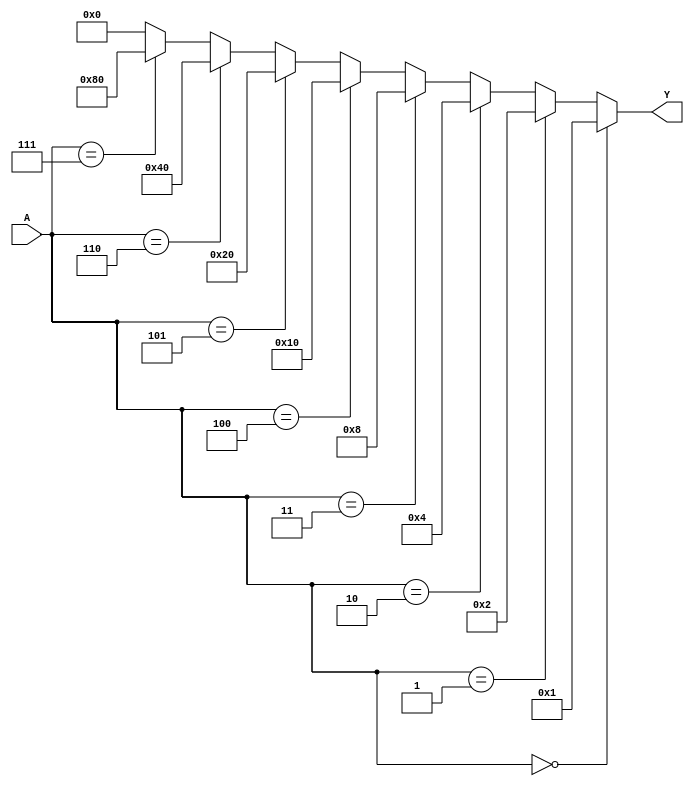
module Decoder3x8(
  input [2:0] A,
  output [7:0] Y
);
  assign Y = (A == 3'b000) ? 8'b00000001 :
            (A == 3'b001) ? 8'b00000010 :
            (A == 3'b010) ? 8'b00000100 :
            (A == 3'b011) ? 8'b00001000 :
            (A == 3'b100) ? 8'b00010000 :
            (A == 3'b101) ? 8'b00100000 :
            (A == 3'b110) ? 8'b01000000 :
            (A == 3'b111) ? 8'b10000000 : 8'b00000000;
endmodule